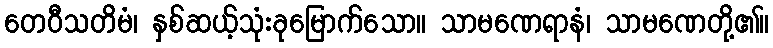
တေဝီသတိမံ၊ နှစ်ဆယ့်သုံးခုမြောက်သော။ သာမဏေရာနံ၊ သာမဏေတို့၏။